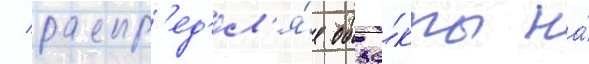
/ распр'ед'ел'я́я объе́кты на́